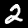
Label: 2